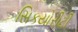
સિકયોરીટી